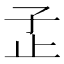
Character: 𰌠